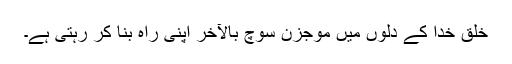
خلق خدا کے دلوں میں موجزن سوچ بالآخر اپنی راہ بنا کر رہتی ہے۔